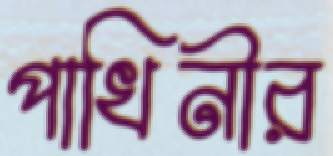
পাখিনীর